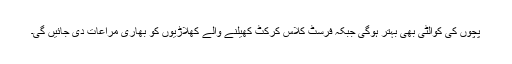
پچوں کی کوالٹی بھی بہتر ہوگی جبکہ فرسٹ کلاس کرکٹ کھیلنے والے کھلاڑیوں کو بھاری مراعات دی جائیں گی۔